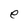
Character: e